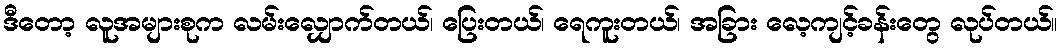
ဒီတော့ လူအများစုက လမ်းလျှောက်တယ်၊ ပြေးတယ်၊ ရေကူးတယ်၊ အခြား လေ့ကျင့်ခန်းတွေ လုပ်တယ်။